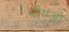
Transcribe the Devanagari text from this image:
सीएओ